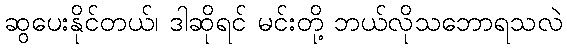
ဆွပေးနိုင်တယ်၊ ဒါဆိုရင် မင်းတို့ ဘယ်လိုသဘောရသလဲ